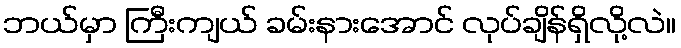
ဘယ်မှာ ကြီးကျယ် ခမ်းနားအောင် လုပ်ချိန်ရှိလို့လဲ။